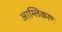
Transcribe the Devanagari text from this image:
आम्लिकरण